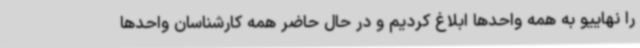
را نهاییو به همه واحدها ابلاغ کردیم و در حال حاضر همه کارشناسان واحدها